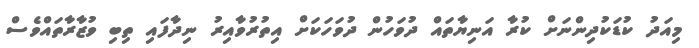
މިއަދު ކުޑަކުދިންނަށް ކުރާ އަނިޔާތައް ދުވަހުން ދުވަހަކަށް އިތުރުވާއިރު ނިދާފައި ތިބި ވުޒާރާތައްވެސް